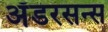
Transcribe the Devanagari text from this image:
अँडरसन्स